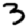
Digit: 3